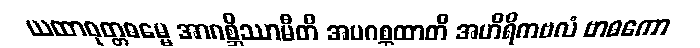
ယထာဝုတ္တဓမ္မေ အာဂစ္ဆိဿာမီတိ အပဂစ္ဆထာတိ အဟိရိကဗလံ ဗာဓကော